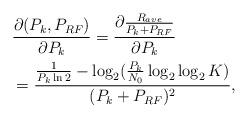
LaTeX: \begin{align*}\begin{aligned}&\frac{\partial (P_k, P_{RF})}{\partial P_k} = \frac{\partial \frac{R_{ave}}{P_k + P_{RF}}}{\partial P_k} \\&= \frac{\frac{1}{P_k \ln 2} - \log_2(\frac{P_k}{N_0}\log_2\log_2K)}{(P_k + P_{RF})^2},\end{aligned}\end{align*}